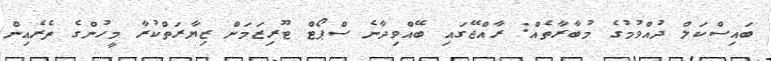
ބައިސްކަލް ދުއްވުމުގެ މުބާރާތެއް: ރާއްޖޭގައި ބޭއްވިދާނެ ސްޕޯޓް ޓޫރިޒަމަށް ޒިޔާރަތްކުރާ މީހުންގެ ތެރެއިން